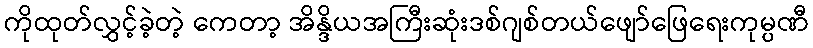
ကိုထုတ်လွှင့်ခဲ့တဲ့ ကေတာ့ အိန္ဒိယအကြီးဆုံးဒစ်ဂျစ်တယ်ဖျော်ဖြေရေးကုမ္ပဏီ